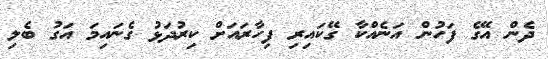
ދެން އޭގެ ފަހުން އަނެއްކާ ގޭކައިރި ފިހާރައަށް ކިރުދަޅު ގެނައިމަ އަގު ބެލި